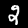
Digit: 2